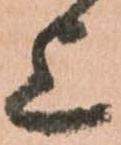
上